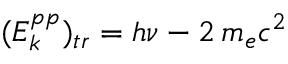
( E _ { k } ^ { p p } ) _ { t r } = h \nu - 2 \, m _ { e } c ^ { 2 }